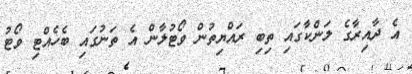
އެ ދާއިރާގެ ލަންކާގައި ތިބި ރައްޔިތުން ވޯޓުލާން އެ ތަނުގައި ބެހެއްޓި ވޯޓު